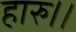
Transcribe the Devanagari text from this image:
हारु।।